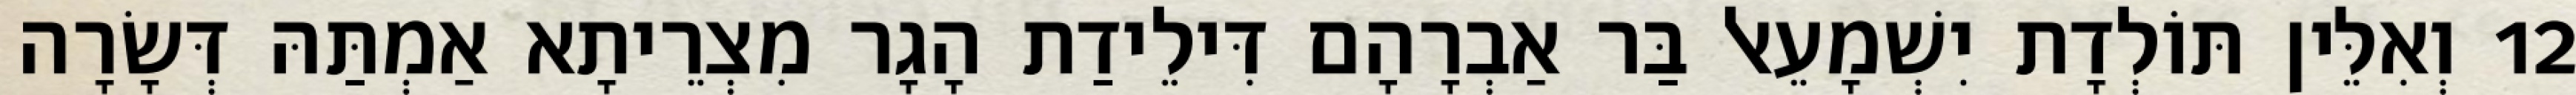
12 וְאִלֵּין תּוֹלְדָת יִשְׁמָעֵאל בַּר אַבְרָהָם דִּילֵידַת הָגָר מִצְרֵיתָא אַמְתַּהּ דְּשָׂרָה